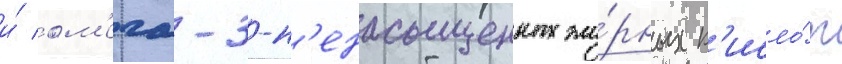
и́ ом'ега-3-н'енасыщенных жи́рных к'исло́т